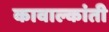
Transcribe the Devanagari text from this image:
कावाल्कांती